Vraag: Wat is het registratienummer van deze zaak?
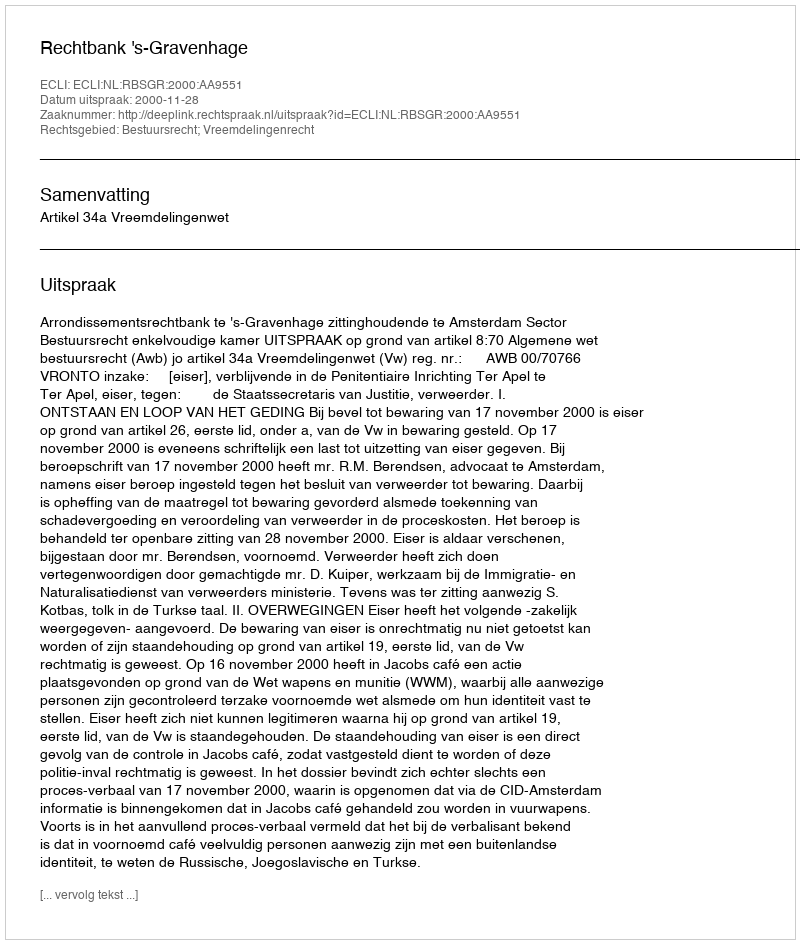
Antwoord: http://deeplink.rechtspraak.nl/uitspraak?id=ECLI:NL:RBSGR:2000:AA9551